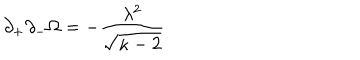
LaTeX: \partial _ { + } \partial _ { - } \Omega = - \frac { \lambda ^ { 2 } } { \sqrt { \kappa - 2 } }